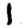
Digit: 1